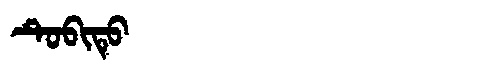
Manchu: ᡨᡠᠪᡳᡨᡠ
Romanization: TUBITU